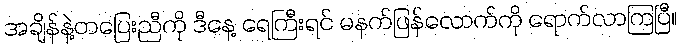
အချိန်နဲ့တပြေးညီကို ဒီနေ့ ရေကြီးရင် မနက်ဖြန်လောက်ကို ရောက်လာကြပြီ။